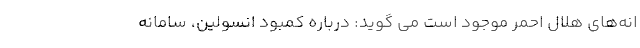
انه‌های هلال احمر موجود است می گوید: درباره کمبود انسولین، سامانه